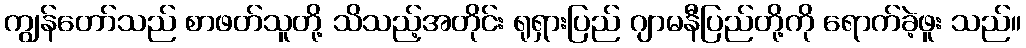
ကျွန်တော်သည် စာဖတ်သူတို့ သိသည့်အတိုင်း ရုရှားပြည် ဂျာမနီပြည်တို့ကို ရောက်ခဲ့ဖူး သည်။